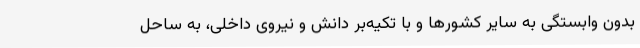
بدون وابستگی به سایر کشورها و با تکیه‌بر دانش و نیروی داخلی، به ساحل